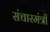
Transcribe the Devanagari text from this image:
संचारमंत्री